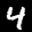
Label: 4